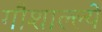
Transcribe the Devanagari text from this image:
गौशाल्ल्ये